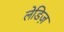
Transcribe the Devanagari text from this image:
लेडिज़